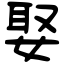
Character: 娶